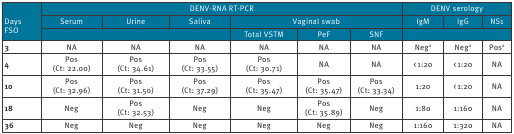
| <ROWSPAN=3> DaysFSO | <COLSPAN=6> DENV-RNA RT-PCR | <COLSPAN=3> DENV serology |
 | Serum | Urine | Saliva | <COLSPAN=3> Vaginal swab | IgM | IgG | NS1 |
 | <COLSPAN=3>  | Total VSTM | PeF | SNF | <COLSPAN=3>  |
 | --- | --- | --- | --- | --- | --- | --- | --- | --- | --- |
 | 3 | NA | NA | NA | NA | NA | NA | Nega | Nega | Posa |
 | 4 | Pos(Ct: 22.00) | Pos(Ct: 34.61) | Pos(Ct: 33.55) | Pos(Ct: 30.71) | NA | NA | < 1:20 | < 1:20 | NA |
 | 10 | Pos(Ct: 32.96) | Pos(Ct: 31.50) | Pos(Ct: 37.29) | Pos(Ct: 35.47) | Pos(Ct: 35.47) | Pos(Ct: 33.34) | 1:20 | < 1:20 | NA |
 | 18 | Neg | Pos(Ct: 32.53) | Neg | Neg | Pos(Ct: 35.89) | Neg | 1:80 | 1:160 | NA |
 | 36 | Neg | Neg | Neg | Neg | Neg | Neg | 1:160 | 1:320 | NA |